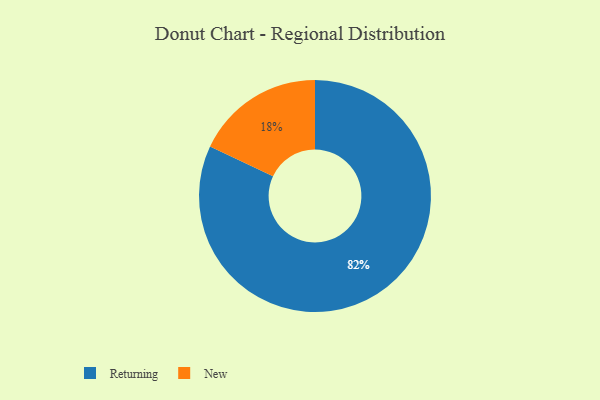
{"axis": {"x": "Category", "y": "Percentage"}, "legend": ["New", "Returning"], "data": [{"x": "Returning", "y": 82, "type": "Returning"}, {"x": "New", "y": 18, "type": "New"}]}